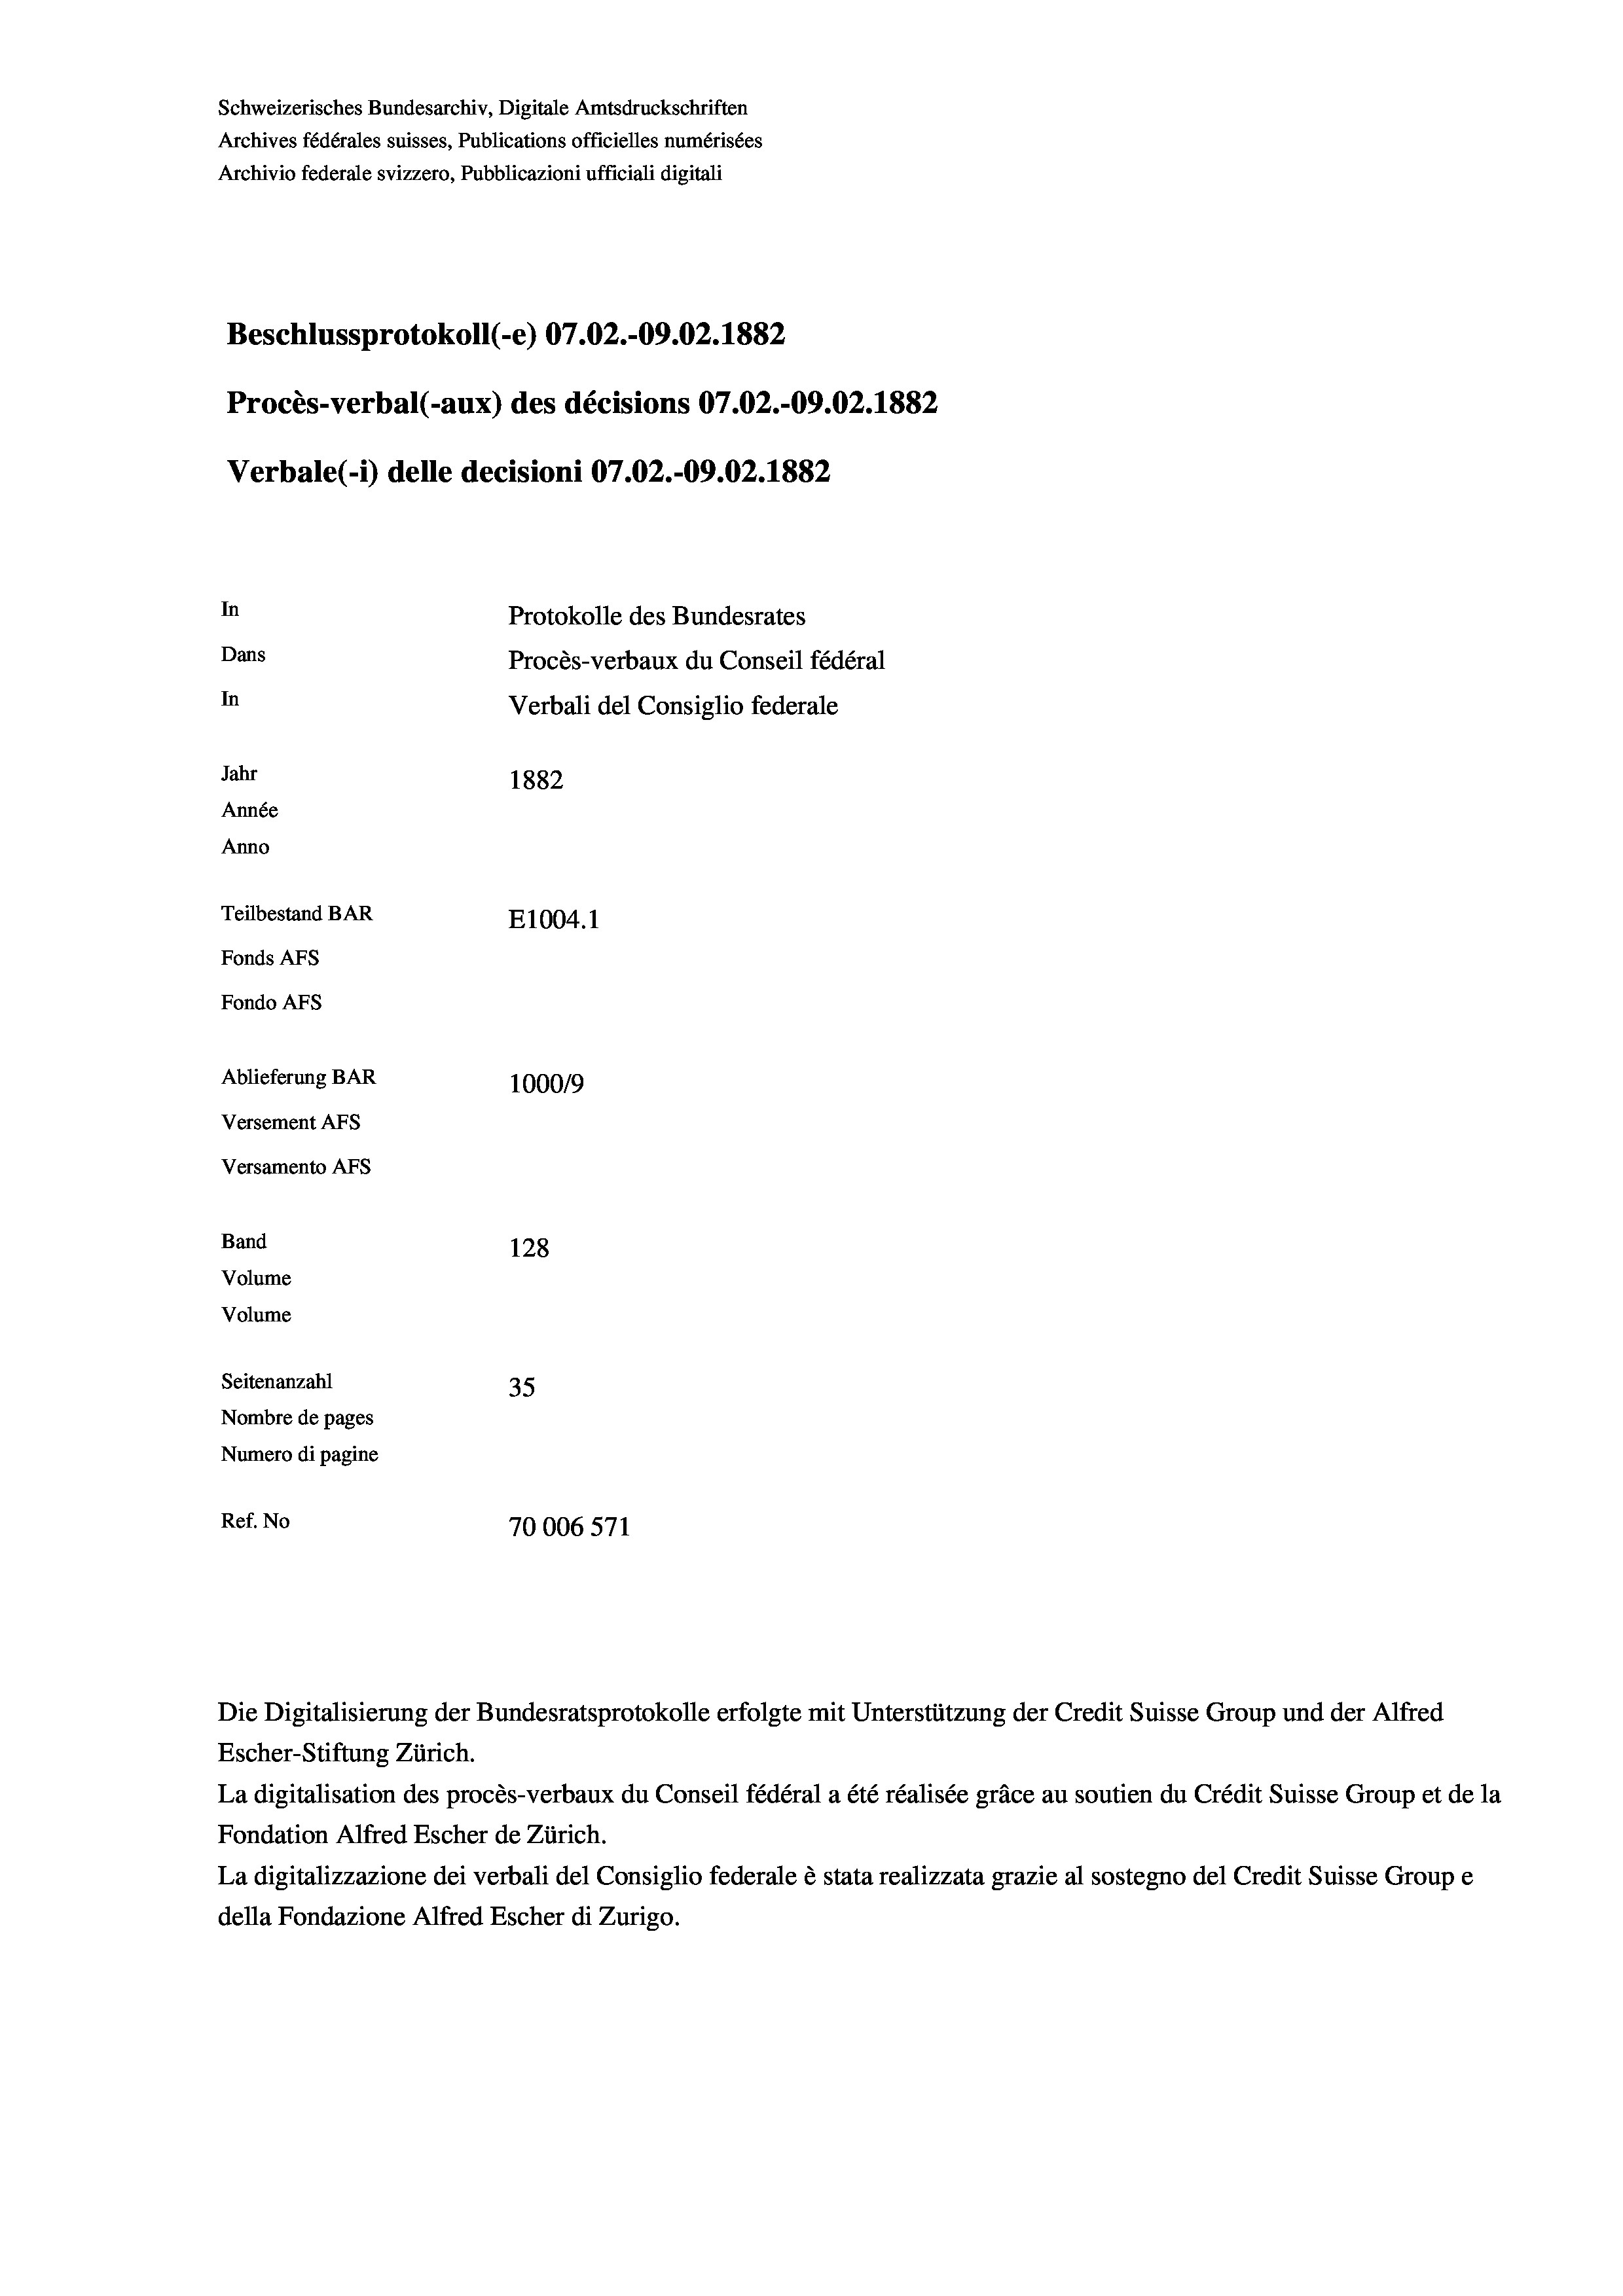
Schweizerisches Bundesarchiv, Digitale Amtsdruckschriften
Archives fédérales suisses, Publications officielles numérisées
Archivio federale svizzero, Pubblicazioni ufficiali digitali
Beschlussprotokoll (-e) 07.02.-09.02. 1882
Procès-verbal (-aux) des décisions 07.02.-09.02. 1882
Verbale(*) delle decisioni 07.02.-09.02. 1882
In
Protokolle des Bundesrates
Dans
Procès-verbaux du Conseil fédéral
In
Verbali del Consiglio federale
Jahr
1882
Année
Anno
Teilbestand BAR
E1004. 1
Fonds AFs
Fondo AFs
Ablieferung BAR
100019
Versement AFs
Versamento AFS
Band
128
Volume
Volume
Seitenanzahl
35
Nombre de pages
Numero di pagine
Ref. No
70006571

Die Digitalisierung der Bundesratsprotokolle erfolgte mit Unterstützung der Credit Suisse Group und der Alfred
Escher-Stiftung Zürich.
La digitalisation des procès-verbaux du Conseil fédéral a été réalisée gräce au soutien du Crédit Suisse Group et de la
Fondation Alfred Escher de Zürich.
La digitalizzazione dei verbali del Consiglio federale è stata realizzata grazie al sostegno del Credit Suisse Groupe
della Fondazione Alfred Escher di Zurigo.